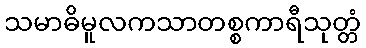
သမာဓိမူလကသာတစ္စကာရီသုတ္တံ